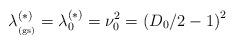
LaTeX: \begin{align*}\lambda_{_{\rm (gs)}}^{(\ast)} = \lambda_{0}^{(\ast)} = \nu_{0}^{2}=\left( D_{0}/2 - 1 \right)^{2}\;\end{align*}